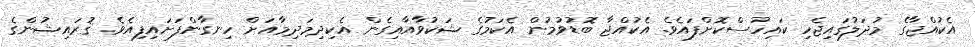
އެކުއްޖާގެ މުދަލުގައިޖެހި ކައިހުސްކޮށްފައެވެ. އެކުއްޖާ ބޮޑުވުމުން އެކަމުގެ ޝަކުވާއާއިގެން އެކިދިމަދިމާއަށް ހިނގާންފަށައިފިއެވެ. ޤުރައިޝުންގެ